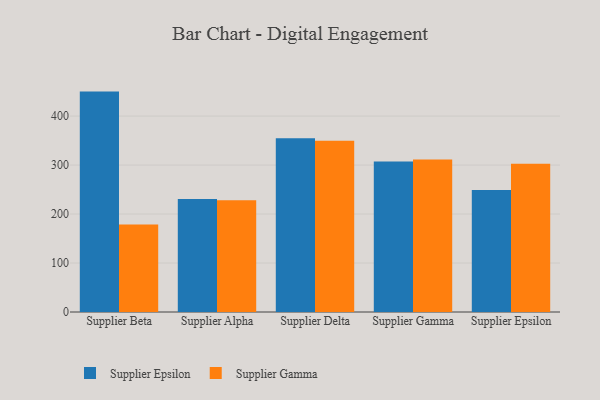
{"axis": {"x": "Supplier", "y": "Temperature (°C)"}, "legend": ["Supplier Epsilon", "Supplier Gamma"], "data": [{"x": "Supplier Beta", "y": 450.0, "type": "Supplier Epsilon"}, {"x": "Supplier Beta", "y": 178.7, "type": "Supplier Gamma"}, {"x": "Supplier Alpha", "y": 230.6, "type": "Supplier Epsilon"}, {"x": "Supplier Alpha", "y": 228.1, "type": "Supplier Gamma"}, {"x": "Supplier Delta", "y": 355.0, "type": "Supplier Epsilon"}, {"x": "Supplier Delta", "y": 349.6, "type": "Supplier Gamma"}, {"x": "Supplier Gamma", "y": 307.2, "type": "Supplier Epsilon"}, {"x": "Supplier Gamma", "y": 311.5, "type": "Supplier Gamma"}, {"x": "Supplier Epsilon", "y": 249.2, "type": "Supplier Epsilon"}, {"x": "Supplier Epsilon", "y": 302.6, "type": "Supplier Gamma"}]}